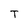
Character: T